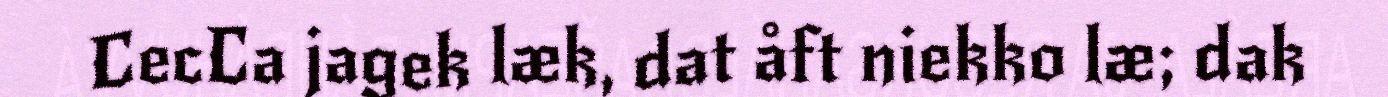
CecCa jagek læk, dat åft niekko læ; dak